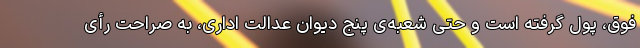
فوق، پول گرفته است و حتی شعبه‌ی پنج دیوان عدالت اداری، به صراحت رأی